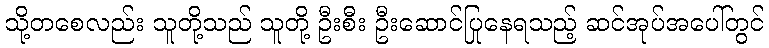
သို့တစေလည်း သူတို့သည် သူတို့ ဦးစီး ဦးဆောင်ပြုနေရသည့် ဆင်အုပ်အပေါ်တွင်